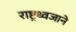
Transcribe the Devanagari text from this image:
राष्ट्रध्वजाने